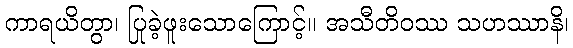
ကာရယိတွာ၊ ပြုခဲ့ဖူးသောကြောင့်။ အသီတိဝဿ သဟဿာနိ၊